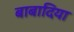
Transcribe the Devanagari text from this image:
बाबादिया